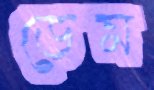
ডেম